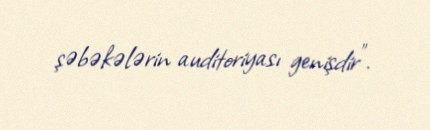
şəbəkələrin auditoriyası genişdir".